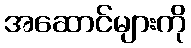
အဆောင်များကို